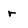
Character: r